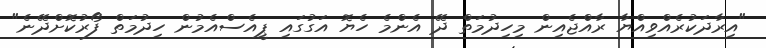
"އިރާދަކުރެއްވިއްޔާ ރާއްޖެއިން މިހިދުމަތް ދޭ އެންމެ ހެޔޮ އަގުގައި ޕީއެސްއެމުން ހިދުމަތް ފޯރުކޮށްދޭނެ"